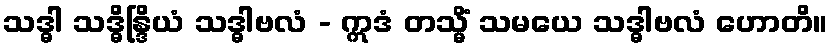
သဒ္ဓါ သဒ္ဓိန္ဒြိယံ သဒ္ဓါဗလံ - ဣဒံ တသ္မိံ သမယေ သဒ္ဓါဗလံ ဟောတိ။